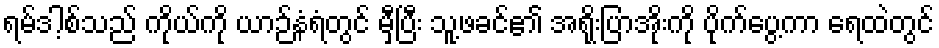
ရမ်ဒါ့စ်သည် ကိုယ်ကို ယာဉ်နံရံတွင် မှီပြီး သူ့ဖခင်၏ အရိုးပြာအိုးကို ပိုက်ပွေ့ကာ ရေထဲတွင်